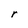
Character: r